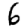
Digit: 6